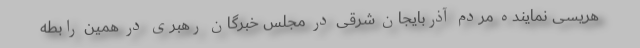
هریسی نماینده مردم آذربایجان شرقی در مجلس خبرگان رهبری در همین رابطه